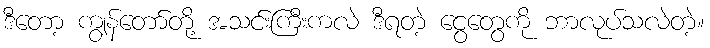
ဒီတော့ ကျွန်တော်တို့ အသင်းကြီးကလဲ ဒီရတဲ့ ငွေတွေကို ဘာလုပ်သလဲတဲ့။